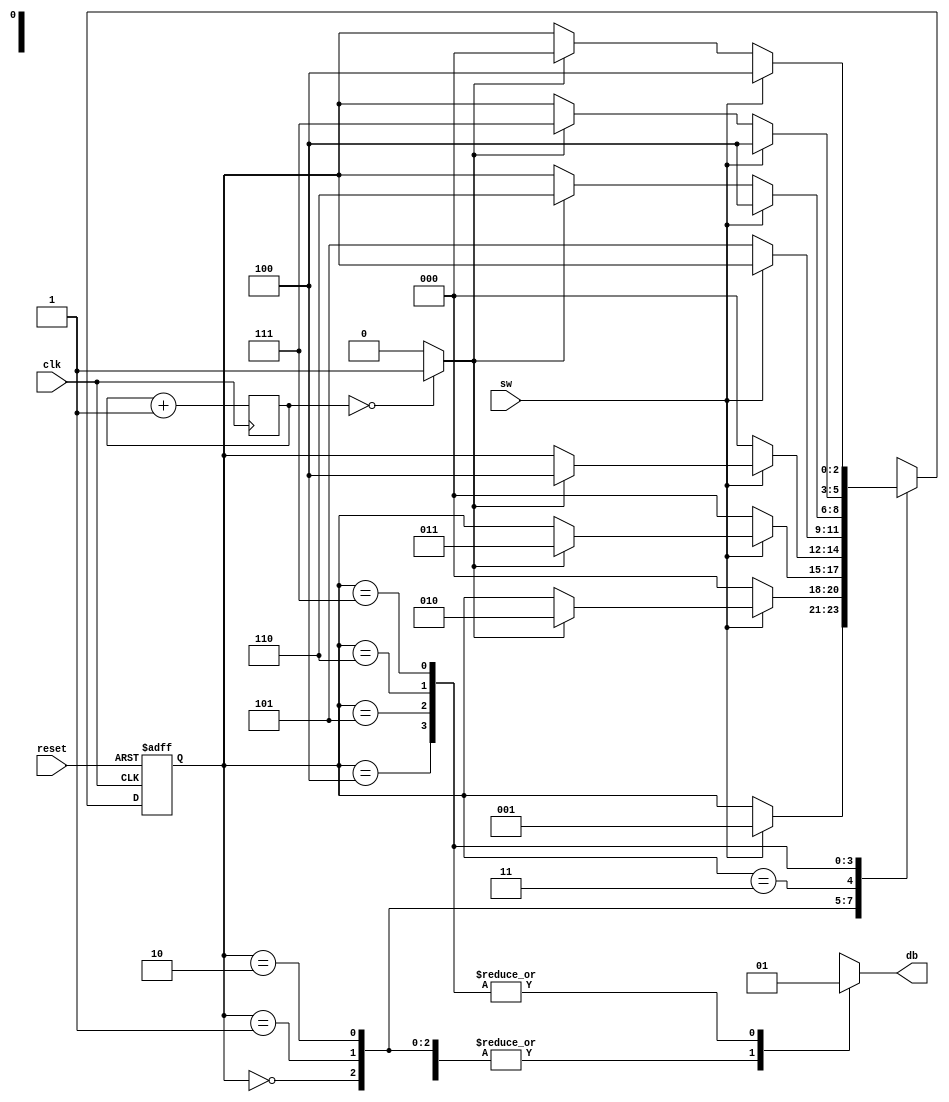
`timescale 1ns / 1ps
 /* 
    Copyright (C) 2018 Tongtong, github IdlessChaya

    This program is free software; you can redistribute it and/or modify
    it under the terms of the GNU General Public License as published by
    the Free Software Foundation; either version 2 of the License, or
    (at your option) any later version.

    This program is distributed in the hope that it will be useful,
    but WITHOUT ANY WARRANTY; without even the implied warranty of
    MERCHANTABILITY or FITNESS FOR A PARTICULAR PURPOSE.  See the
    GNU General Public License for more details.

    You should have received a copy of the GNU General Public License along
    with this program; if not, write to the Free Software Foundation, Inc.,
    51 Franklin Street, Fifth Floor, Boston, MA 02110-1301 USA.
*/

module button(
input clk,reset,
input sw,
output reg db
    );
localparam[2:0]
  zero = 3'b000,
  wait1_1 = 3'b001,
  wait1_2 = 3'b010,
  wait1_3 = 3'b011,
  one = 3'b100,
  wait0_1 = 3'b101,
  wait0_2 = 3'b110,
  wait0_3 = 3'b111;
 localparam N = 20;
 reg[N-1:0]q_reg;
 wire[N-1:0]q_next;
 wire m_tick;
 reg[2:0] state_reg,state_next;
//10ms
always@(posedge clk)
  q_reg<=q_next;
assign q_next = q_reg + 1;
assign m_tick = (q_reg == 0 )?1'b1:1'b0;
always @(posedge clk,posedge reset)
  if(reset)
    state_reg<=zero;
  else
    state_reg<=state_next;
always @ *
  begin
    state_next = state_reg;
    db = 1'b0;
    case(state_reg)
      zero:
        if(sw)
          state_next = wait1_1;
      wait1_1:
        if(~sw)
          state_next = zero;
        else if (m_tick)
          state_next = wait1_2;
      wait1_2:
        if(~sw)
          state_next = zero;
        else if(m_tick)
        state_next = wait1_3;
      wait1_3:
        if(~sw)
          state_next = zero;    
        else if(m_tick)
          state_next = one;
      one:
        begin
          db = 1'b1;
          if(~sw)
          state_next = wait0_1;
        end
      wait0_1:
        begin
          db = 1'b1;
          if(sw)
            state_next = one;
          else if(m_tick)
            state_next = wait0_2;
        end
      wait0_2:
        begin
          db = 1'b1;
          if(sw)
            state_next = one;
          else if(m_tick)
            state_next = wait0_3;
          end
      wait0_3:
        begin
          db = 1'b1;
          if(sw)
            state_next = one;
          else if(m_tick)
            state_next = zero;
          end
      default: state_next = zero;
     endcase
    end
endmodule